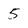
Character: 5